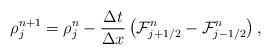
LaTeX: \begin{align*}\rho_j^{n+1}=\rho_j^n-\frac{\Delta t}{\Delta x}\left(\mathcal{F}_{j+1/2}^n-\mathcal{F}_{j-1/2}^n\right),\end{align*}